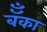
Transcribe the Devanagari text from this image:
बॅँका